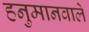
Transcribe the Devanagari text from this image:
हनुमानवाले